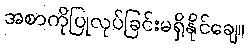
အစာကိုပြုလုပ်ခြင်းမရှိနိုင်ချေ။